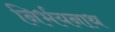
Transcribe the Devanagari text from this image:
निर्भयनाथ